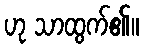
ဟု သာထွက်၏။